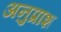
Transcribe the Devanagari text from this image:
अनुप्राश